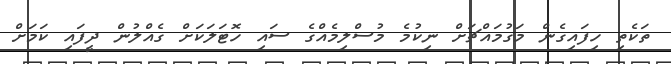
ތަކެތި ހިިފައިިގެން މަގުމައްޗަށް ނިކުމެ މުސްލިމެއްގެ ސައި ހޮޓަލަކަށް ގެއްލުން ދީފައި ކަމަށް